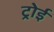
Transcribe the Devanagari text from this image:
ट्रोई